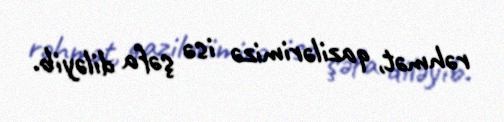
rəhmət, qazilərimizə isə şəfa diləyib.